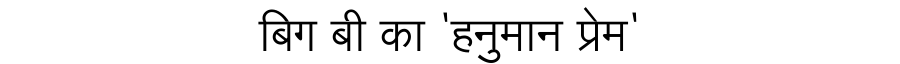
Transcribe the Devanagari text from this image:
बिग बी का 'हनुमान प्रेम'